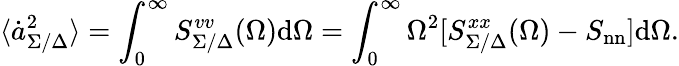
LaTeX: \langle\dot{a}_{\Sigma/\Delta}^{2}\rangle=\int_{0}^{\infty}S_{\Sigma/\Delta}^{vv}(\Omega)\mathrm{d}\Omega=\int_{0}^{\infty}\Omega^{2}[S_{\Sigma/\Delta}^{xx}(\Omega)-S_{\mathrm{nn}}]\mathrm{d}\Omega.